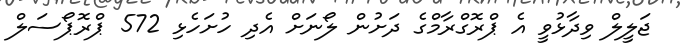
ޖަލީލް ވިދާޅުވީ އެ ޕްރޮގްރާމްގެ ދަށުން ލޯނަށް އެދި ހުށަހެޅި 572 ޕްރޮޕޯސަލް